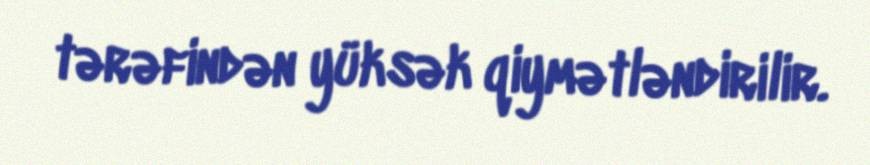
tərəfindən yüksək qiymətləndirilir.